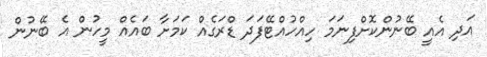
އަދި އެއީ ބޭނުންކޮށްފިނަމަ ހިއްހުއްޓޭފަދަ ޑްރަގެއް ކަމަށާ ބައެއް މީހުން އެ ބޭނުން